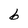
Character: 6